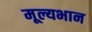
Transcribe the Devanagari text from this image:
मूल्यभान